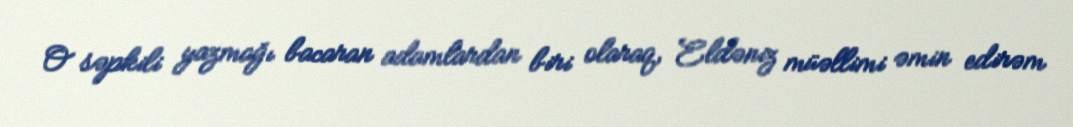
O səpkili yazmağı bacaran adamlardan biri olaraq, Eldəniz müəllimi əmin edirəm